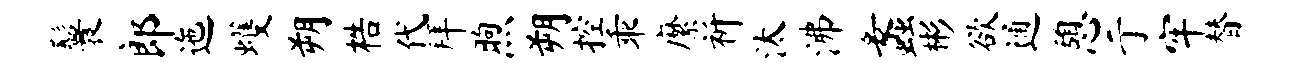
鬟郎迤蠖朔梏代拜煦朔控乖縻祈汰沸蠡彬欲通憩亍牢替